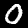
Label: 0